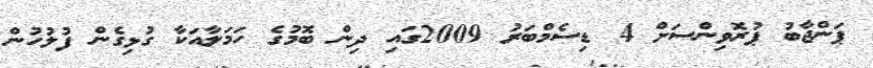
ޕަންޖާބު ޕުރޮވިންސަށް 4 ޑިސެމްބަރު 2009ގައި ދިން ބޮމުގެ ހަމަލާއަކާ ގުޅިގެން ފުލުހުން